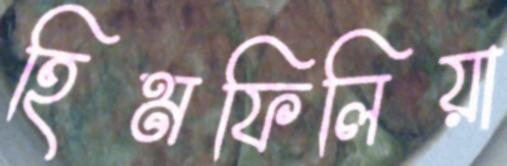
হিমফিলিয়া